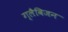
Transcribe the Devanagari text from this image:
ग्लैविजन